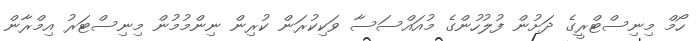
ހޯމް މިނިސްޓްރީގެ ދަށުން ފުލުހުންގެ މުއައްސަސާ ވަކިކުރަން ކުރިން ނިންމުމުން މިނިސްޓަރު އިމްރާން